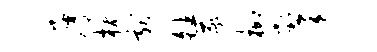
屑枕献皤遂柳肇